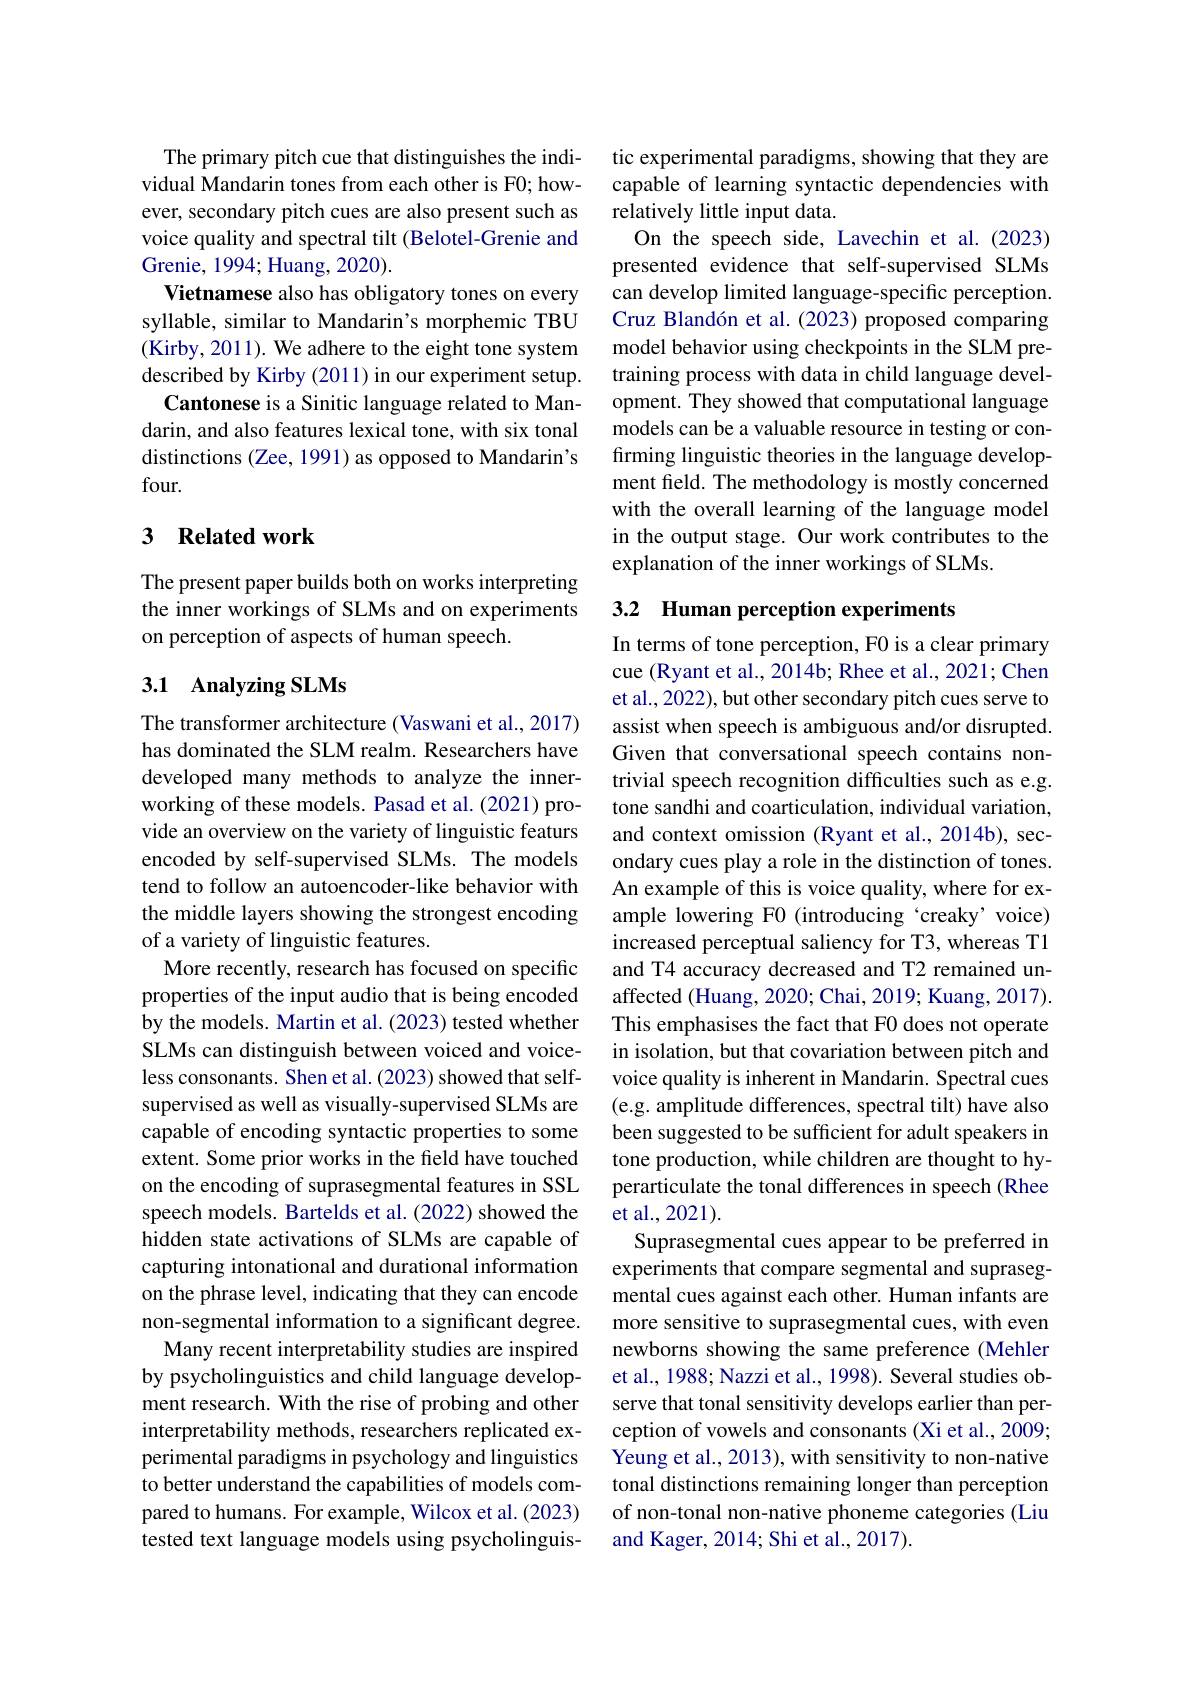
The primary pitch cue that distinguishes the individual Mandarin tones from each other is F0; however, secondary pitch cues are also present such as voice quality and spectral tilt (Belotel-Grenie and Grenie, 1994; Huang, 2020).
Vietnamese also has obligatory tones on every syllable, similar to Mandarin's morphemic TBU (Kirby, 2011). We adhere to the eight tone system described by Kirby (2011) in our experiment setup.
Cantonese is a Sinitic language related to Mandarin, and also features lexical tone, with six tonal distinctions (Zee, 1991) as opposed to Mandarin's four.

## 3 Related work

The present paper builds both on works interpreting the inner workings of SLMs and on experiments on perception of aspects of human speech.

## 3.1 Analyzing SLMs

The transformer architecture (Vaswani et al., 2017) has dominated the SLM realm. Researchers have developed many methods to analyze the innerworking of these models. Pasad et al. (2021) provide an overview on the variety of linguistic featurs encoded by self-supervised SLMs. The models tend to follow an autoencoder-like behavior with the middle layers showing the strongest encoding of a variety of linguistic features.
More recently, research has focused on specific properties of the input audio that is being encoded by the models. Martin et al. (2023) tested whether SLMs can distinguish between voiced and voiceless consonants. Shen et al. (2023) showed that selfsupervised as well as visually-supervised SLMs are capable of encoding syntactic properties to some extent. Some prior works in the feld have touched on the encoding of suprasegmental features in SSL speech models. Bartelds et al.(2022) showed the hidden state activations of SLMs are capable of capturing intonational and durational information on the phrase level, indicating that they can encode non-segmental information to a significant degree. Many recent interpretability studies are inspired by psycholinguistics and child language development research. With the rise of probing and other interpretability methods, researchers replicated experimental paradigms in psychology and linguistics to better understand the capabilities of models compared to humans. For example, Wilcox et al. (2023) tested text language models using psycholinguis-

tic experimental paradigms, showing that they are capable of learning syntactic dependencies with relatively little input data.
On the speech side, Lavechin et al.(2023) presented evidence that self-supervised SLMs can develop limited language-specific perception. Cruz Blandón et al. (2023) proposed comparing model behavior using checkpoints in the SLM pretraining process with data in child language development. They showed that computational language models can be a valuable resource in testing or confirming linguistic theories in the language development feld. The methodology is mostly concerned with the overall learning of the language model in the output stage. Our work contributes to the explanation of the inner workings of SLMs.

# 3.2 Human perception experiments

In terms of tone perception, F0 is a clear primary cue (Ryant et al., 2014b; Rhee et al., 2021; Chen et al., 2022), but other secondary pitch cues serve to assist when speech is ambiguous and/or disrupted. Given that conversational speech contains nontrivial speech recognition difficulties such as e.g. tone sandhi and coarticulation, individual variation, and context omission (Ryant et al., 2014b), secondary cues play a role in the distinction of tones. An example of this is voice quality, where for example lowering F0 (introducing 'creaky' voice) increased perceptual saliency for T3, whereas T1 and T4 accuracy decreased and T2 remained unaffected (Huang, 2020; Chai, 2019; Kuang, 2017). This emphasises the fact that F0 does not operate in isolation, but that covariation between pitch and voice quality is inherent in Mandarin. Spectral cues (e.g. amplitude differences, spectral tilt) have also been suggested to be sufficient for adult speakers in tone production, while children are thought to hyperarticulate the tonal differences in speech (Rhee et al., 2021).
Suprasegmental cues appear to be preferred in experiments that compare segmental and suprasegmental cues against each other. Human infants are more sensitive to suprasegmental cues, with even newborns showing the same preference (Mehler et al., 1988; Nazzi et al., 1998). Several studies observe that tonal sensitivity develops earlier than perception of vowels and consonants (Xi et al., 2009; Yeung et al., 2013), with sensitivity to non-native tonal distinctions remaining longer than perception of non-tonal non-native phoneme categories (Liu and Kager, 2014; Shi et al., 2017).